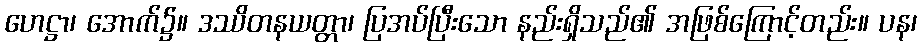
ဟေဋ္ဌာ၊ အောက်၌။ ဒဿိတနယတ္တာ၊ ပြအပ်ပြီးသော နည်းရှိသည်၏ အဖြစ်ကြောင့်တည်း။ ပန၊